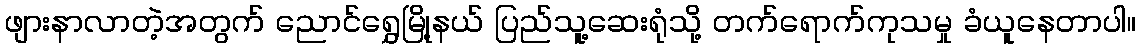
ဖျားနာလာတဲ့အတွက် ညောင်ရွှေမြို့နယ် ပြည်သူ့ဆေးရုံသို့ တက်ရောက်ကုသမှု ခံယူနေတာပါ။